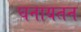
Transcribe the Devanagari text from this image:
घनायतन